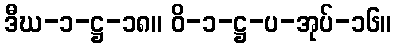
ဒီဃ-၁-ဋ္ဌ-၁၈။ ဝိ-၁-ဋ္ဌ-ပ-အုပ်-၁၆။